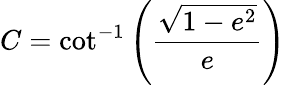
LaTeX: C=\cot^{-1}\left(\frac{\sqrt{1-e^{2}}}{e}\right)